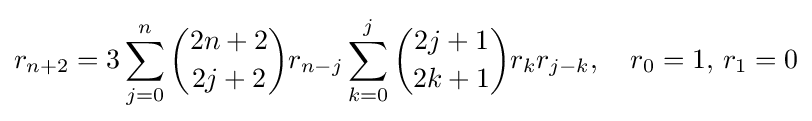
r_{n+2}=3\sum _{j=0}^{n}{\binom {2n+2}{2j+2}}r_{n-j}\sum _{k=0}^{j}{\binom {2j+1}{2k+1}}r_{k}r_{j-k},\quad r_{0}=1,\,r_{1}=0